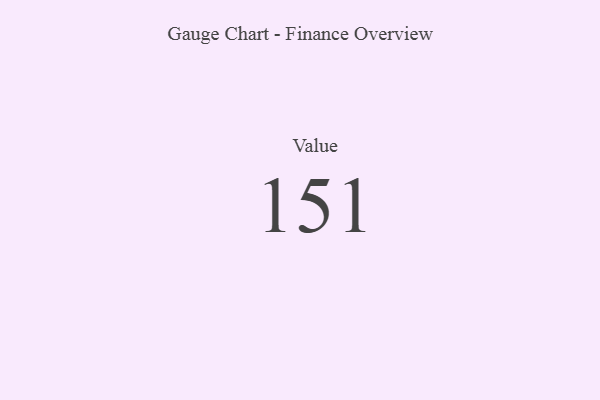
{"axis": {"x": "Metric", "y": "Value"}, "legend": [""], "data": [{"x": "Value", "y": 151, "type": ""}]}